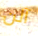
آلن